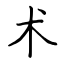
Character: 术